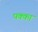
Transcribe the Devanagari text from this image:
पक्‍का